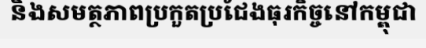
និងសមត្ថភាពប្រកួតប្រជែងធុរកិច្ចនៅកម្ពុជា